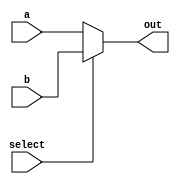
module basemux(a, b, select, out);
input select;
input [31:0] a, b;
output [31:0] out;

//output a if select = true, b if select = false
assign out = select ? b : a;
endmodule